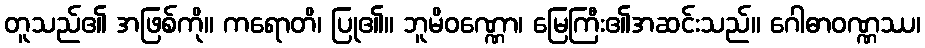
တူသည်၏ အဖြစ်ကို။ ကရောတိ၊ ပြု၏။ ဘူမိဝဏ္ဏော၊ မြေကြီး၏အဆင်းသည်။ ဂေါဓာဝဏ္ဏဿ၊